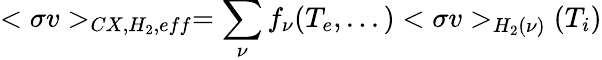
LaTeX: <\sigma v>_{CX,H_{2},eff}=\sum_{\nu}f_{\nu}(T_{e},...)<\sigma v>_{H_{2}(\nu)}(T_{i})